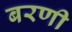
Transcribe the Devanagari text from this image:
बरणी